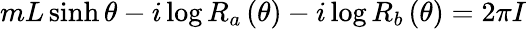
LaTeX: mL\sinh\theta-i\log R_{a}\left(\theta\right)-i\log R_{b}\left(\theta\right)=2\pi I